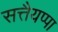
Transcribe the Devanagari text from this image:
सत्तैयप्पा